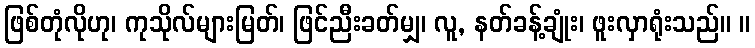
ဖြစ်တုံလိုဟု၊ ကုသိုလ်များမြတ်၊ ဖြင်ညီးခတ်မျှ၊ လူ, နတ်ခန့်ချုံး၊ ဖူးလှာရုံးသည်။ ။